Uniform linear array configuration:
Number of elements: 64
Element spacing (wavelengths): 1
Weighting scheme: exponential
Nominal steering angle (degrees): -60
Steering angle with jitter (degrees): -61.232
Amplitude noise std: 0.05
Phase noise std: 0.05

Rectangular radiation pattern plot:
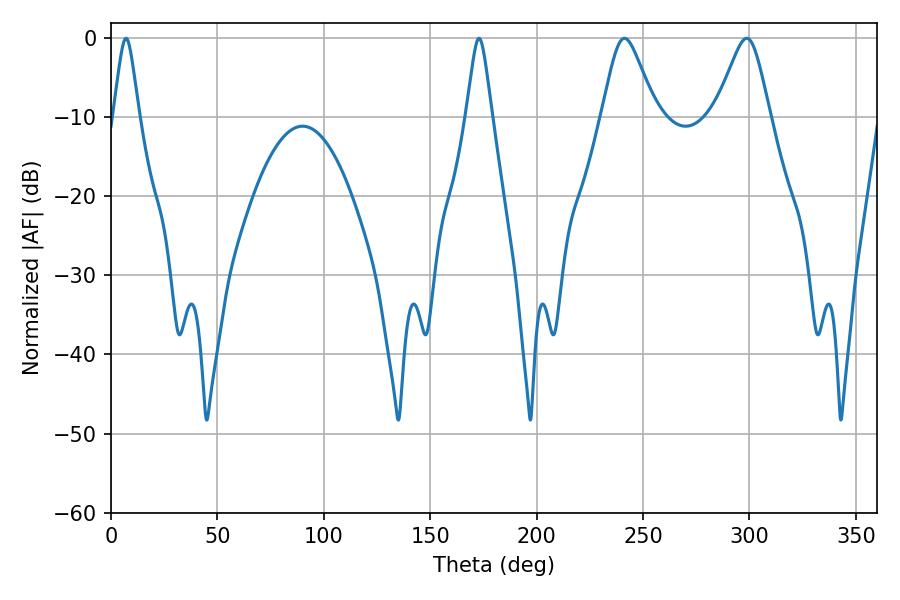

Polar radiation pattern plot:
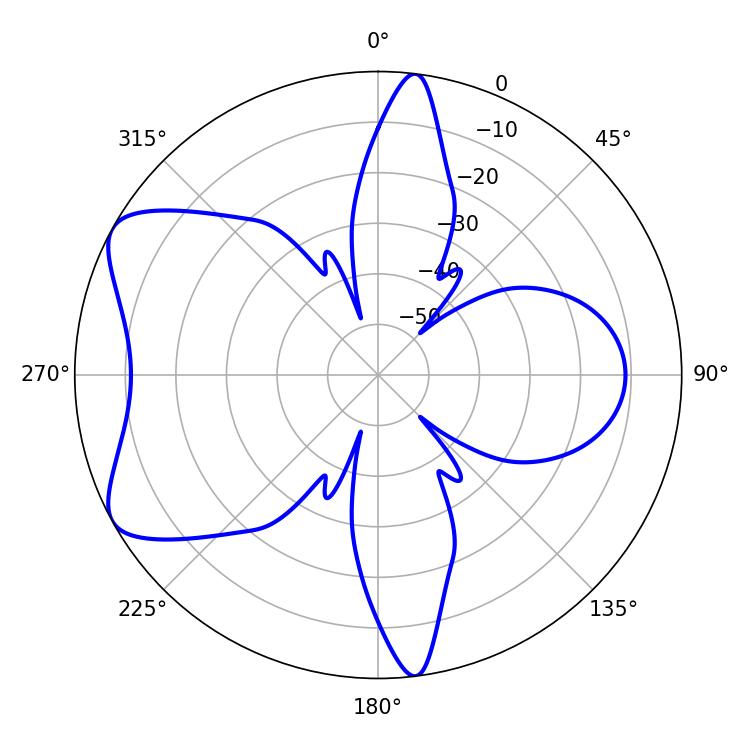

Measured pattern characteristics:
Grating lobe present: TRUE
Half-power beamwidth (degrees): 12.24
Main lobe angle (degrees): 241.2